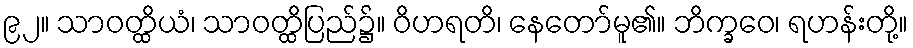
၉၂။ သာဝတ္ထိယံ၊ သာဝတ္ထိပြည်၌။ ဝိဟရတိ၊ နေတော်မူ၏။ ဘိက္ခဝေ၊ ရဟန်းတို့။